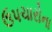
ઉપચારોના